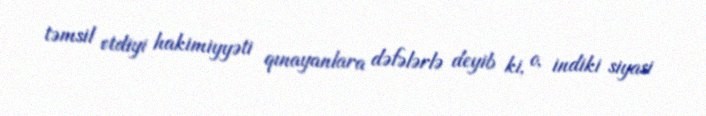
təmsil etdiyi hakimiyyəti qınayanlara dəfələrlə deyib ki, o, indiki siyasi